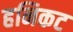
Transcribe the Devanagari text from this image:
हनिकट